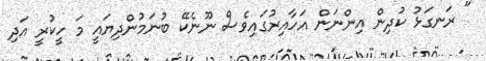
" ރަނގަޅު ކުދިން އިންނަން އަހާއިރުގައިވެސް ނޫނެކޭ ބުނަމުންދިޔައީ މަ ހީކުރީ އަދި